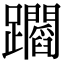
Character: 𨇲